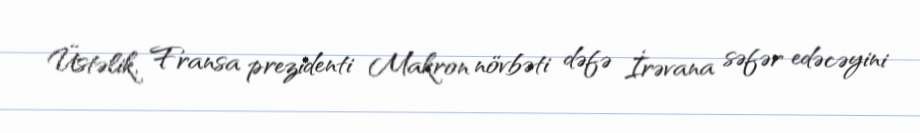
Üstəlik, Fransa prezidenti Makron növbəti dəfə İrəvana səfər edəcəyini